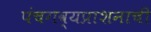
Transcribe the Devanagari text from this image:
पंचगव्यप्राशनाची